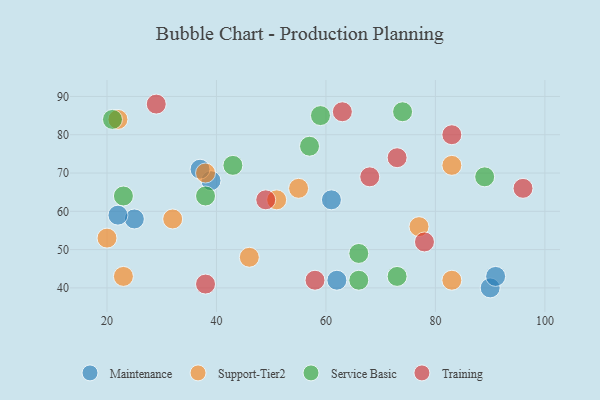
{"axis": {"x": "GDP", "y": "Life Expectancy"}, "legend": ["Maintenance", "Service Basic", "Support-Tier2", "Training"], "data": [{"x": "39", "y": 68, "type": "Maintenance"}, {"x": "25", "y": 58, "type": "Maintenance"}, {"x": "22", "y": 59, "type": "Maintenance"}, {"x": "61", "y": 63, "type": "Maintenance"}, {"x": "62", "y": 42, "type": "Maintenance"}, {"x": "37", "y": 71, "type": "Maintenance"}, {"x": "90", "y": 40, "type": "Maintenance"}, {"x": "91", "y": 43, "type": "Maintenance"}, {"x": "38", "y": 70, "type": "Support-Tier2"}, {"x": "46", "y": 48, "type": "Support-Tier2"}, {"x": "32", "y": 58, "type": "Support-Tier2"}, {"x": "51", "y": 63, "type": "Support-Tier2"}, {"x": "20", "y": 53, "type": "Support-Tier2"}, {"x": "22", "y": 84, "type": "Support-Tier2"}, {"x": "83", "y": 42, "type": "Support-Tier2"}, {"x": "23", "y": 43, "type": "Support-Tier2"}, {"x": "55", "y": 66, "type": "Support-Tier2"}, {"x": "83", "y": 72, "type": "Support-Tier2"}, {"x": "77", "y": 56, "type": "Support-Tier2"}, {"x": "89", "y": 69, "type": "Service Basic"}, {"x": "43", "y": 72, "type": "Service Basic"}, {"x": "66", "y": 49, "type": "Service Basic"}, {"x": "21", "y": 84, "type": "Service Basic"}, {"x": "38", "y": 64, "type": "Service Basic"}, {"x": "57", "y": 77, "type": "Service Basic"}, {"x": "66", "y": 42, "type": "Service Basic"}, {"x": "59", "y": 85, "type": "Service Basic"}, {"x": "73", "y": 43, "type": "Service Basic"}, {"x": "23", "y": 64, "type": "Service Basic"}, {"x": "74", "y": 86, "type": "Service Basic"}, {"x": "29", "y": 88, "type": "Training"}, {"x": "63", "y": 86, "type": "Training"}, {"x": "68", "y": 69, "type": "Training"}, {"x": "58", "y": 42, "type": "Training"}, {"x": "73", "y": 74, "type": "Training"}, {"x": "83", "y": 80, "type": "Training"}, {"x": "38", "y": 41, "type": "Training"}, {"x": "49", "y": 63, "type": "Training"}, {"x": "78", "y": 52, "type": "Training"}, {"x": "96", "y": 66, "type": "Training"}]}